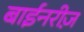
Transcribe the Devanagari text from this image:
बाईनरीज़